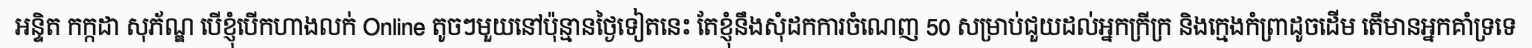
អន្ទិត កក្កដា សុភ័ណ្ឌ បើខ្ញុំបើកហាងលក់ Online តូចៗមួយនៅប៉ុន្មានថ្ងៃទៀតនេះ តែខ្ញុំនឹងសុំដកការចំណេញ 50 សម្រាប់ជួយដល់អ្នកក្រីក្រ និងក្មេងកំព្រាដូចដើម តើមានអ្នកគាំទ្រទេ